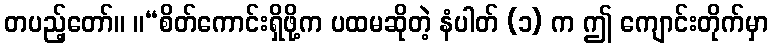
တပည့်တော်။ ။“စိတ်ကောင်းရှိဖို့က ပထမဆိုတဲ့ နံပါတ် (၁) က ဤ ကျောင်းတိုက်မှာ